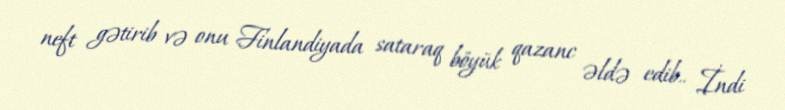
neft gətirib və onu Finlandiyada sataraq böyük qazanc əldə edib.. İndi